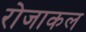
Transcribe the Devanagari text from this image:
रोजाकल